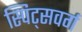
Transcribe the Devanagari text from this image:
स्पिट्सवर्ग